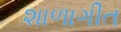
શાળાગીત